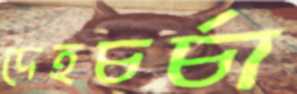
দেহচর্চা